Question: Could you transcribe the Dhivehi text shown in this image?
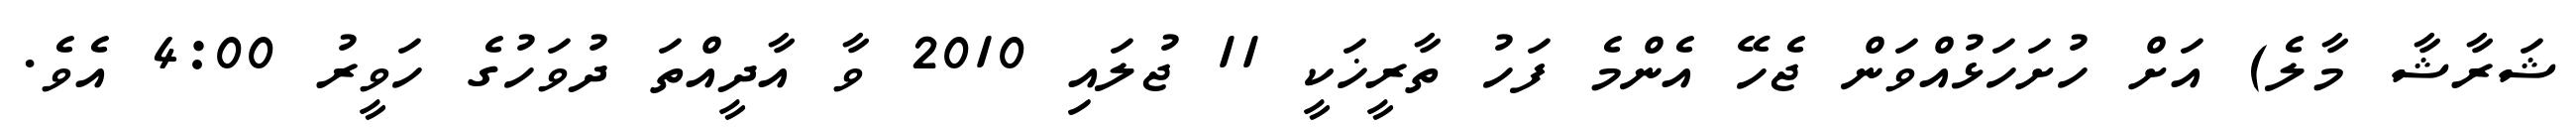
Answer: ޝަރާޝާ މާލެ) އަށް ހުށަހަޅުއްވަން ޖެހޭ އެންމެ ފަހު ތާރީޚަކީ 11 ޖުލައި 2010 ވާ އާދީއްތަ ދުވަހުގެ ހަވީރު 4:00 އެވެ.